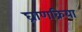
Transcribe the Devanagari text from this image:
घ्राणक्रिया